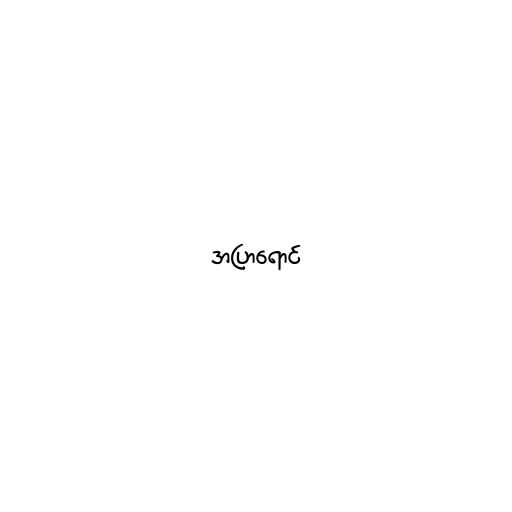
အပြာရောင်